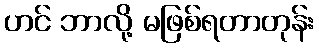
ဟင် ဘာလို့ မဖြစ်ရတာတုန်း